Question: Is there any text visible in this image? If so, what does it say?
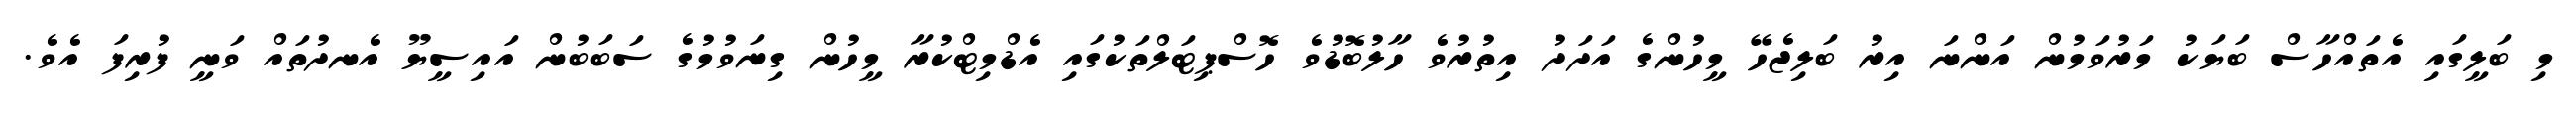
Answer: މި ބަލީގައި އެތައްހާސް ބަޔަކު މަރުވަމުން އަންނަ އިރު ބަލިޖެހޭ މީހުންގެ އަދަދު އިތުރުވެ ހާލުބޮޑުވެ ހޮސްޕިޓަލްތަކުގައި އެޑްމިޓްކުރާ މީހުން ގިނަވުމުގެ ސަބަބުން އައިސީޔޫ އެނދުތައް ވަނީ ފުރިފަ އެވެ.